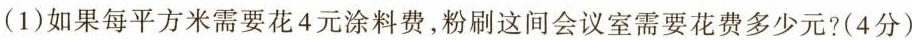
(1)如果每平方米需要花4元涂料费，粉刷这间会议室需要花费多少元?(4分)